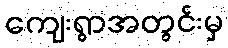
ကျေးရွာအတွင်းမှ